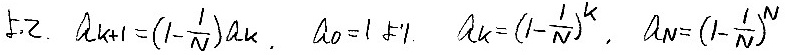
5.2. $a_{k + 1} = (1 - \frac{1}{N})a_{k}$, $a_0 = 1 \neq 1$. $a_{k} = (1 - \frac{1}{N})^{k}$, $a_{N} = (1 - \frac{1}{N})^{N}$